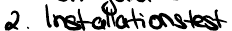
2. Installationstest